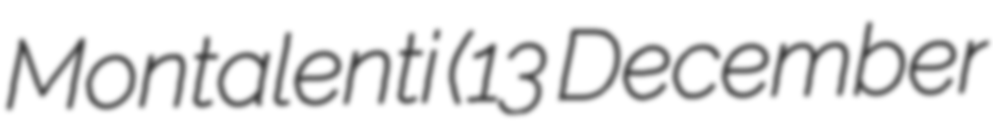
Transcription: Montalenti (13 December